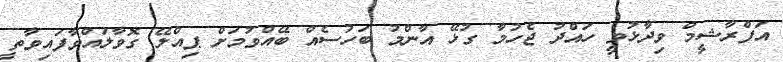
އަފްރާޝީމް ވިދާޅުވީ ހައްދު ޖެހުމާ ގުޅޭ އާންމު ބަހުސެއް ބޭއްވުމަށް ޕިއްލޭ ގޮވާލައްވާފައިވާތީ